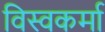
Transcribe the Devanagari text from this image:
विस्वकर्मा